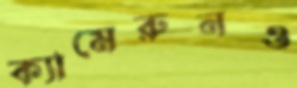
ক্যামেরুনও